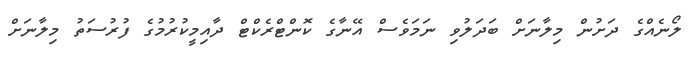
ލޯނެއްގެ ދަށުން މިލާނަށް ބަދަލުވި ނަމަވެސް އޭނާގެ ކޮންޓްރެކްޓް ދާއިމީކުރުމުގެ ފުރުސަތު މިލާނަށް